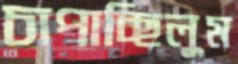
চাপাচ্ছিলুম